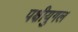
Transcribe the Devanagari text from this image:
पक्षीयुगल